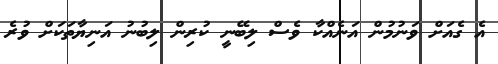
އެ ގެއަށް ވަނުމުން އަނެއްކާ ވެސް ލިބޭނީ ކުރިން ލިބުނު އަނިޔާތަކަށް ވުރެ